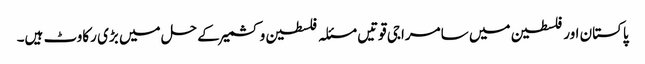
پاکستان اور فلسطین میں سامراجی قوتیں مسئلہ فلسطین و کشمیر کے حل میں بڑی رکاوٹ ہیں۔